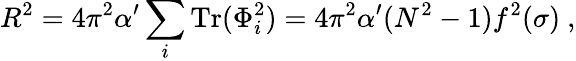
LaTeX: R^{2}={4\pi^{2}\alpha^{\prime}}\sum_{i}\mathrm{Tr}(\Phi_{i}^{2})={4\pi^{2}\alpha^{\prime}}(N^{2}-1)f^{2}(\sigma)\ ,